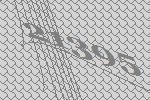
21395